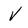
Character: V